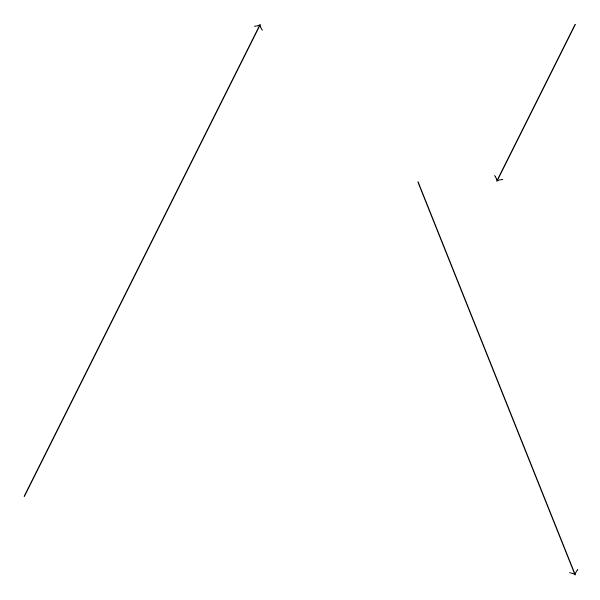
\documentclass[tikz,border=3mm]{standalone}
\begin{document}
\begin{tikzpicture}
\draw[->] (7,19) -- (6,17);
\draw[->] (5,17) -- (7,12);
\draw[->] (0,13) -- (3,19);
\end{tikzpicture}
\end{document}